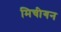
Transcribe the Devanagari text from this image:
मिचीगन